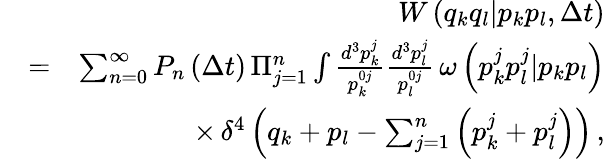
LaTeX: \begin{array}{rlr}&{}&{W\left(q_{k}q_{l}|p_{k}p_{l},\Delta t\right)}\\ &{=}&{\sum_{n=0}^{\infty}P_{n}\left(\Delta t\right)\, \Pi_{j=1}^{n}\int\frac{d^{3}p_{k}^{j}}{p_{k}^{0j}}\frac{d^{3}p_{l}^{j}}{p_{l}^{0j}}\, \omega\left(p_{k}^{j}p_{l}^{j}|p_{k}p_{l}\right)}\\ &{}&{\times\, \delta^{4}\left(q_{k}+p_{l}-\sum_{j=1}^{n}\left(p_{k}^{j}+p_{l}^{j}\right)\right)\, ,}\end{array}